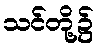
သင်တို့၌